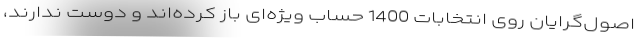
اصول‌گرایان روی انتخابات 1400 حساب ویژه‌ای باز کرده‌اند و دوست ندارند،